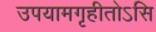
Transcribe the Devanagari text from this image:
उपयामगृहीतोऽसि